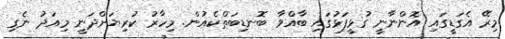
މިރޭ އެގަޑީގައި އޮންނާނީ ގުޅީފަޅުގައި ބާއްވާ ބޮނޑިބަތްކެއުން. މިހާރު ކުރިޔަށްދަނީ މިއަދު ނެގި